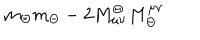
m _ { \Theta } m _ { \Theta } - 2 M _ { \mu \nu } ^ { \Theta } M _ { \Theta } ^ { \mu \nu }